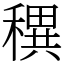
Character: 穓